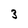
Character: 3